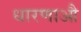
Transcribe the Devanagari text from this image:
धारणाऔ